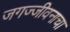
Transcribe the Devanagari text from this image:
जगज्जीवनाचा